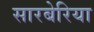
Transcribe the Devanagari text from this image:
सारबेरिया